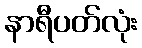
နာရီပတ်လုံး